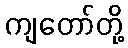
ကျတော်တို့